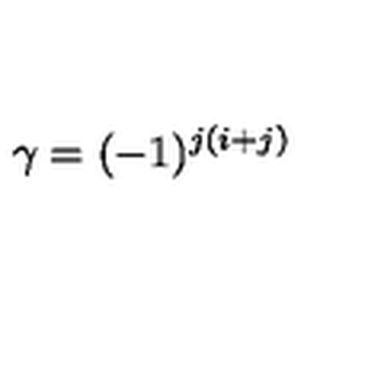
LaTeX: \gamma = ( - 1 ) ^ { j ( i + j ) } \